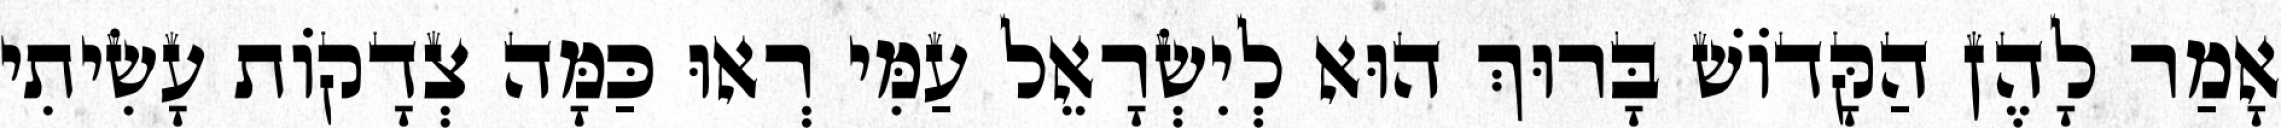
אָמַר לָהֶן הַקָּדוֹשׁ בָּרוּךְ הוּא לְיִשְׂרָאֵל עַמִּי רְאוּ כַּמָּה צְדָקוֹת עָשִׂיתִי